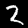
Digit: 2